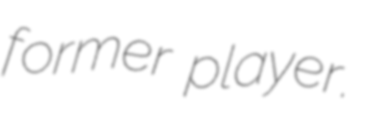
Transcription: former player.